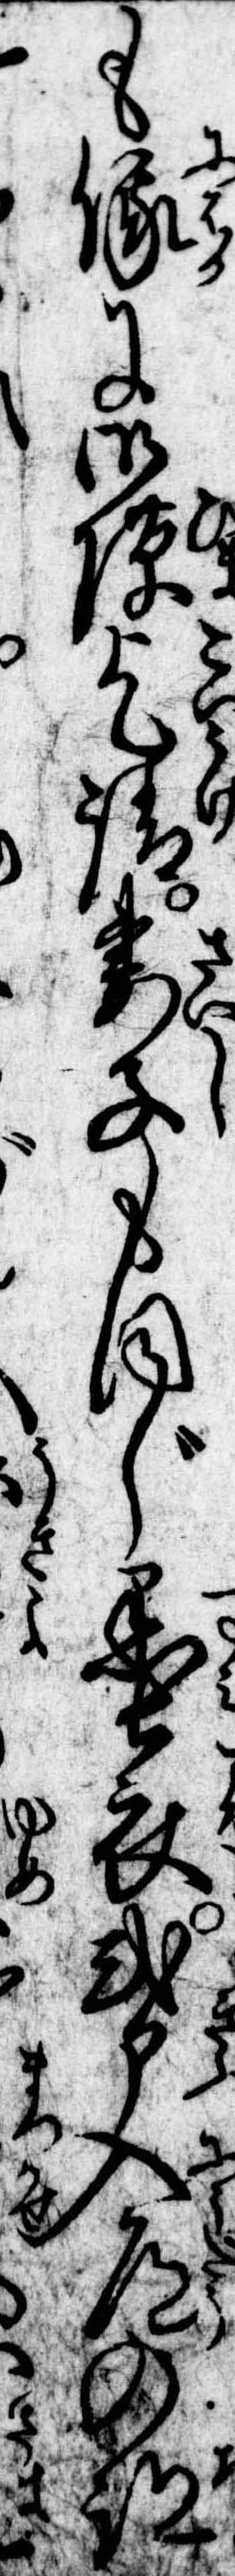
も俄に御隙乞請妻子も同じ墨衣式部入道の跡